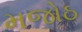
મજોઠ